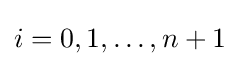
i=0,1,\ldots ,n+1